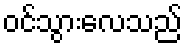
ဝင်သွားလေသည်